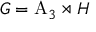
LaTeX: G = \mathrm { A } _ { 3 } \rtimes H